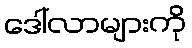
ဒေါ်လာများကို